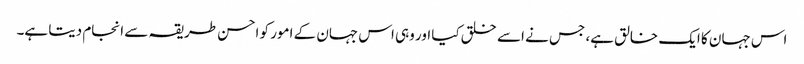
اس جہان کا ایک خالق ہے، جس نے اسے خلق کیا اور وہی اس جہان کے امور کو احسن طریقہ سے انجام دیتا ہے۔